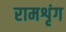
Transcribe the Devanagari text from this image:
रामशृंग